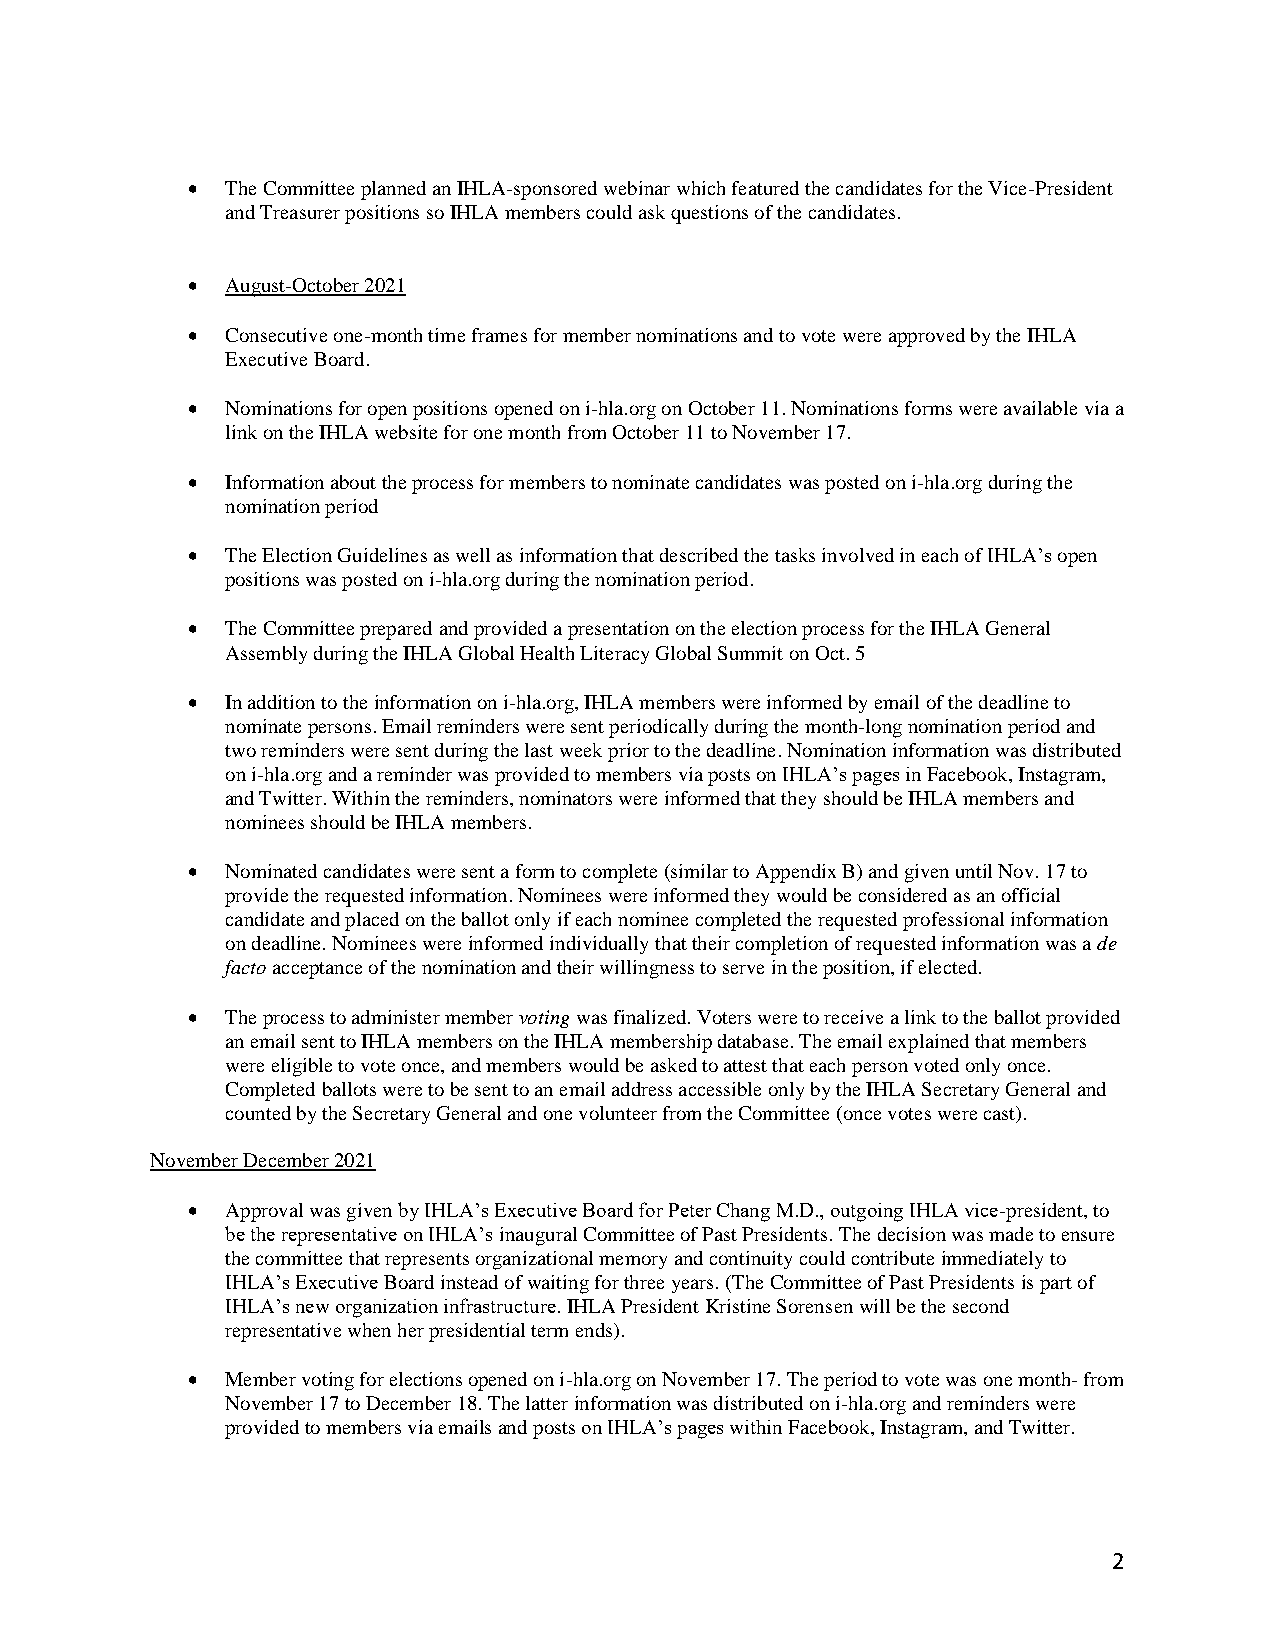
•  The Committee planned an IHLA-sponsored webinar which featured the candidates for the Vice-President
 and Treasurer positions so IHLA members could ask questions of the candidates.
 •  August-October 2021
 •  Consecutive one-month time frames for member nominations and to vote were approved by the IHLA
 Executive Board.
 •  Nominations for open positions opened on i-hla.org on October 11. Nominations forms were available via a
 link on the IHLA website for one month from October 11 to November 17.
 •  Information about the process for members to nominate candidates was posted on i-hla.org during the
 nomination period
 •  The Election Guidelines as well as information that described the tasks involved in each of IHLA’s open
 positions was posted on i-hla.org during the nomination period.
 •  The Committee prepared and provided a presentation on the election process for the IHLA General
 Assembly during the IHLA Global Health Literacy Global Summit on Oct. 5
 •  In addition to the information on i-hla.org, IHLA members were informed by email of the deadline to
 nominate persons. Email reminders were sent periodically during the month-long nomination period and
 two reminders were sent during the last week prior to the deadline. Nomination information was distributed
 on i-hla.org and a reminder was provided to members via posts on IHLA’s pages in Facebook, Instagram,
 and Twitter. Within the reminders, nominators were informed that they should be IHLA members and
 nominees should be IHLA members.
 •  Nominated candidates were sent a form to complete (similar to Appendix B) and given until Nov. 17 to
 provide the requested information. Nominees were informed they would be considered as an official
 candidate and placed on the ballot only if each nominee completed the requested professional information
 on deadline. Nominees were informed individually that their completion of requested information was a de
 facto acceptance of the nomination and their willingness to serve in the position, if elected.
 •  The process to administer member voting was finalized. Voters were to receive a link to the ballot provided
 an email sent to IHLA members on the IHLA membership database. The email explained that members
 were eligible to vote once, and members would be asked to attest that each person voted only once.
 Completed ballots were to be sent to an email address accessible only by the IHLA Secretary General and
 counted by the Secretary General and one volunteer from the Committee (once votes were cast).
 November December 2021
 •  Approval was given by IHLA’s Executive Board for Peter Chang M.D., outgoing IHLA vice-president, to
 be the representative on IHLA’s inaugural Committee of Past Presidents. The decision was made to ensure
 the committee that represents organizational memory and continuity could contribute immediately to
 IHLA’s Executive Board instead of waiting for three years. (The Committee of Past Presidents is part of
 IHLA’s new organization infrastructure. IHLA President Kristine Sorensen will be the second
 representative when her presidential term ends).
 •  Member voting for elections opened on i-hla.org on November 17. The period to vote was one month- from
 November 17 to December 18. The latter information was distributed on i-hla.org and reminders were
 provided to members via emails and posts on IHLA’s pages within Facebook, Instagram, and Twitter.
 2